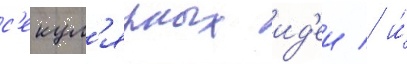
с'екул'ярных ид'еи / и́